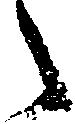
々